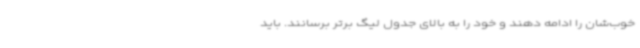
خوب‌شان را ادامه دهند و خود را به بالای جدول لیگ برتر برسانند. باید